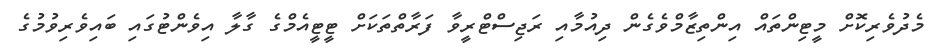
މެދުވެރިކޮށް މީޓިންތައް އިންތިޒާމްވެގެން ދިއުމާއި ރަޖިސްޓްރީވާ ފަރާތްތަކަށް ޓީޓީއެމްގެ ގާލާ އިވެންޓުގައި ބައިވެރިވުމުގެ